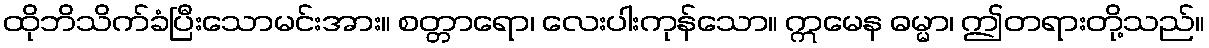
ထိုဘိသိက်ခံပြီးသောမင်းအား။ စတ္တာရော၊ လေးပါးကုန်သော။ ဣမေန ဓမ္မာ၊ ဤတရားတို့သည်။